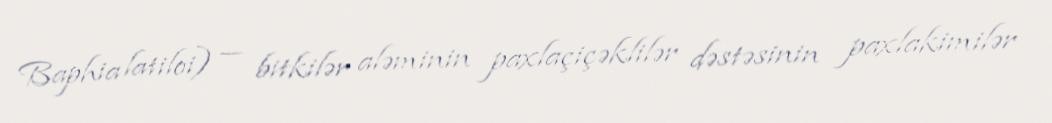
Baphia latiloi) — bitkilər aləminin paxlaçiçəklilər dəstəsinin paxlakimilər